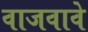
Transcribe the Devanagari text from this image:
वाजवावे